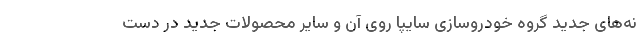
نه‌های جدید گروه خودروسازی سایپا روی آن و سایر محصولات جدید در دست